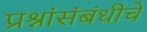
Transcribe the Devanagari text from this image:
प्रश्नांसंबंधीचे